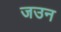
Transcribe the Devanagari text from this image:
जउन